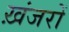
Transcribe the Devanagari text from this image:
ख़ंजरों